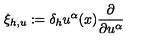
\xi _ { h , u } : = \delta _ { h } u ^ { \alpha } ( x ) \frac { \partial } { \partial u ^ { \alpha } }